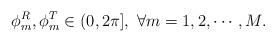
LaTeX: \begin{align*} \phi^R_m, \phi^T_m \in (0,2\pi], \ \forall m=1,2,\cdots, M.\end{align*}